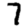
Digit: 7